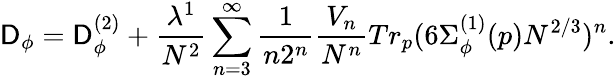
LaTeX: \mathsf{D}_{\phi}=\mathsf{D}_{\phi}^{(2)}+\frac{{\lambda^{1}}}{{N^{2}}}\sum_{n=3}^{\infty}\frac{{1}}{{n2^{n}}}\frac{{V_{n}}}{{N^{n}}}Tr_{p}(6\Sigma_{\phi}^{(1)}(p)N^{2/3})^{n}.